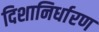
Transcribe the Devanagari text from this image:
दिशानिर्धारण